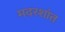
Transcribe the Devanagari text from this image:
मदरशांत